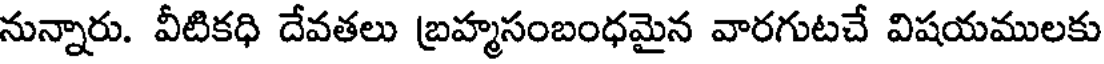
నున్నారు. వీటికధి దేవతలు బ్రహ్మసంబంధమైన వారగుటచే విషయములకు